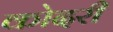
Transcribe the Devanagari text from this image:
कोदरी